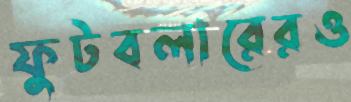
ফুটবলারেরও